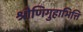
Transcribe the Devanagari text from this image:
श्रोणिगुहाभित्ति